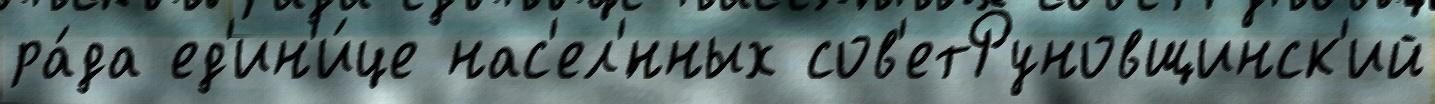
ра́да ед'ин'и́це нас'ел'́нных сов'етРуновщинск'ий